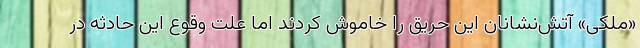
«ملکی» آتش‌نشانان این حریق را خاموش کردند اما علت وقوع این حادثه در